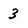
Character: 3